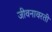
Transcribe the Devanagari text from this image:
जीवनावरती